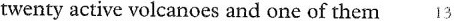
twenty active volcanoes and one of them 13